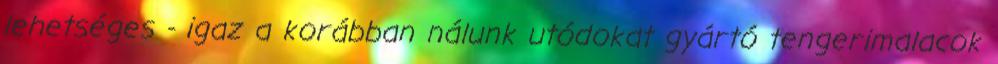
lehetséges - igaz a korábban nálunk utódokat gyártó tengerimalacok